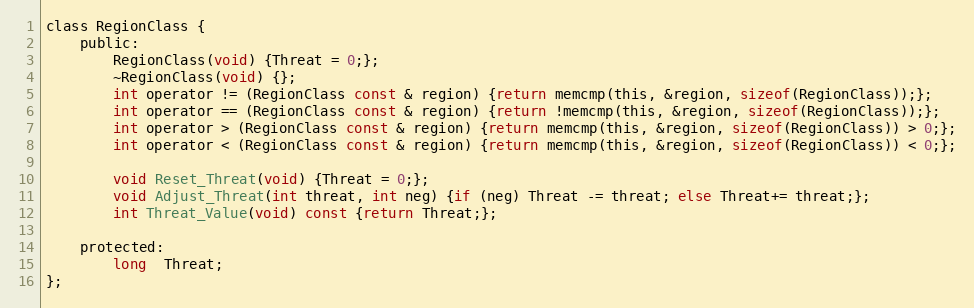
Language: C
class RegionClass {
	public:
		RegionClass(void) {Threat = 0;};
		~RegionClass(void) {};
		int operator != (RegionClass const & region) {return memcmp(this, &region, sizeof(RegionClass));};
		int operator == (RegionClass const & region) {return !memcmp(this, &region, sizeof(RegionClass));};
		int operator > (RegionClass const & region) {return memcmp(this, &region, sizeof(RegionClass)) > 0;};
		int operator < (RegionClass const & region) {return memcmp(this, &region, sizeof(RegionClass)) < 0;};

		void Reset_Threat(void) {Threat = 0;};
		void Adjust_Threat(int threat, int neg) {if (neg) Threat -= threat; else Threat+= threat;};
		int Threat_Value(void) const {return Threat;};

	protected:
		long  Threat;
};